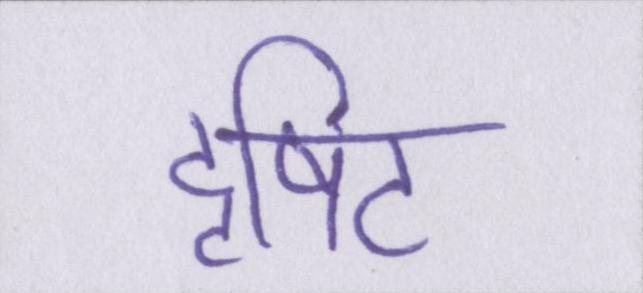
दृषिट